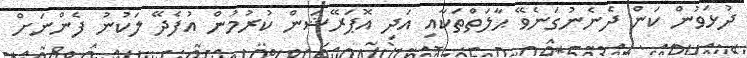
ދުޅަވުން ކަން ދެނެނުގަނެވޭ ޙާލަތްތަކާއި އަދި އޮޕަރޭޝަން ކުރުމުން އުފެދޭ ލަކުނު ފެންނަށް